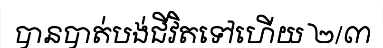
បានបាត់បង់ជីវិតទៅហើយ ២/៣